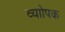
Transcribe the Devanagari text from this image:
व्याोपक